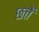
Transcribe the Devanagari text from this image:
छत्तें